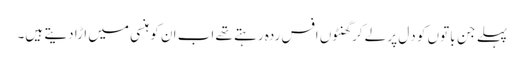
پہلے جِن باتوں کو دِل پر لے کر گھنٹوں افس ردہ رہتے تھے اب ا ن کو ہنسی میں ا ڑا دیتے ہیں۔